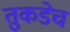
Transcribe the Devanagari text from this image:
तुकडेच